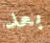
بعد